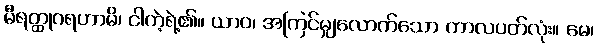
မီရတ္ထုဂရဟာမိ၊ ငါကဲ့ရဲ့၏။ ယာဝ၊ အကြင်မျှလောက်သော ကာလပတ်လုံး။ မေ၊